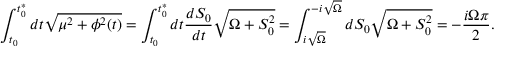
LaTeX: \int _ { t _ { 0 } } ^ { t _ { 0 } ^ { * } } d t \sqrt { \mu ^ { 2 } + \phi ^ { 2 } ( t ) } = \int _ { t _ { 0 } } ^ { t _ { 0 } ^ { * } } d t { \frac { d S _ { 0 } } { d t } } \sqrt { \Omega + S _ { 0 } ^ { 2 } } = \int _ { i \sqrt { \Omega } } ^ { - i \sqrt { \Omega } } d S _ { 0 } \sqrt { \Omega + S _ { 0 } ^ { 2 } } = - { \frac { i \Omega \pi } { 2 } } .